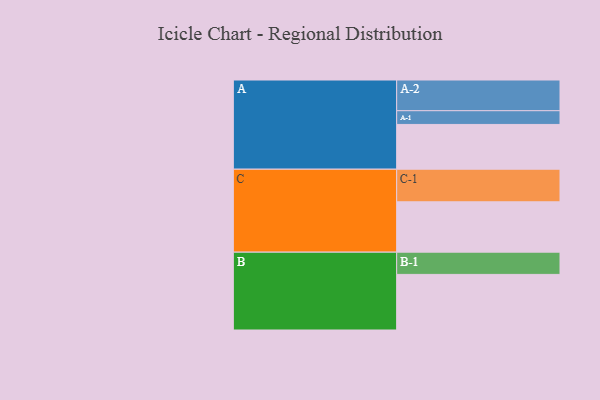
{"axis": {"x": "Segment", "y": "Value"}, "legend": ["", "A", "B", "C"], "data": [{"x": "A", "y": 401, "type": ""}, {"x": "B", "y": 498, "type": ""}, {"x": "C", "y": 451, "type": ""}, {"x": "A-1", "y": 123, "type": "A"}, {"x": "A-2", "y": 275, "type": "A"}, {"x": "B-1", "y": 199, "type": "B"}, {"x": "C-1", "y": 292, "type": "C"}]}